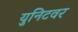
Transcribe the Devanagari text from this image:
युनिटवर